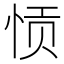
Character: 𫺌